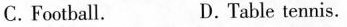
C.Football. D.Table tennis.